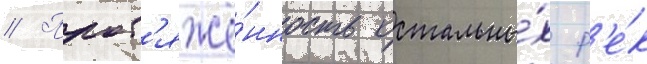
// Прот'яжё́нность остальны́х р'е́к